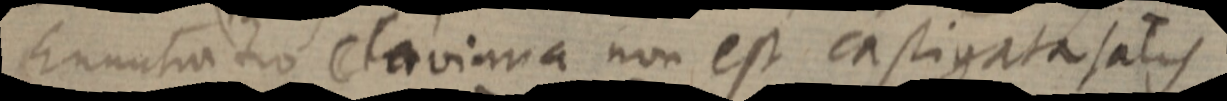
Enuntiatio claviana non est castigata satis